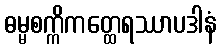
ဓမ္မစက္ကိကတ္ထေရဿာပဒါနံ